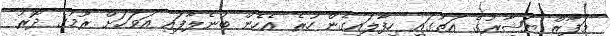
މަފާޒް ޔަޝާރުގެ އަތުގައި ހިފާލައިގެން ހުރެ އެހެން ބުނެލާފައި އަވަހަށް ރޫމުގެ ދޮރު